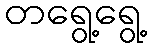
တရွေ့ရွေ့